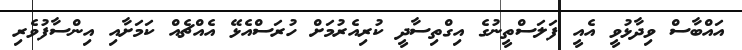
އައްބާސް ވިދާޅުވީ އެއީ ފަލަސްތީނުގެ އިގްތިސާދީ ކުރިއެރުމަށް ހުރަސްއެޅޭ އެއްޗެއް ކަމަށާއި އިންސާފުވެރި